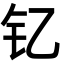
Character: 钇